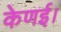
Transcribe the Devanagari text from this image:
केणई।